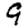
Digit: 9